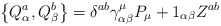
\begin{align*}\left\{ Q_\alpha ^a,Q_\beta ^b\right\} =\delta ^{ab}\gamma _{\alpha \beta}^\mu P_\mu +1_{\alpha \beta }Z^{ab}\end{align*}